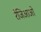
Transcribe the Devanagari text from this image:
रेजिआओ